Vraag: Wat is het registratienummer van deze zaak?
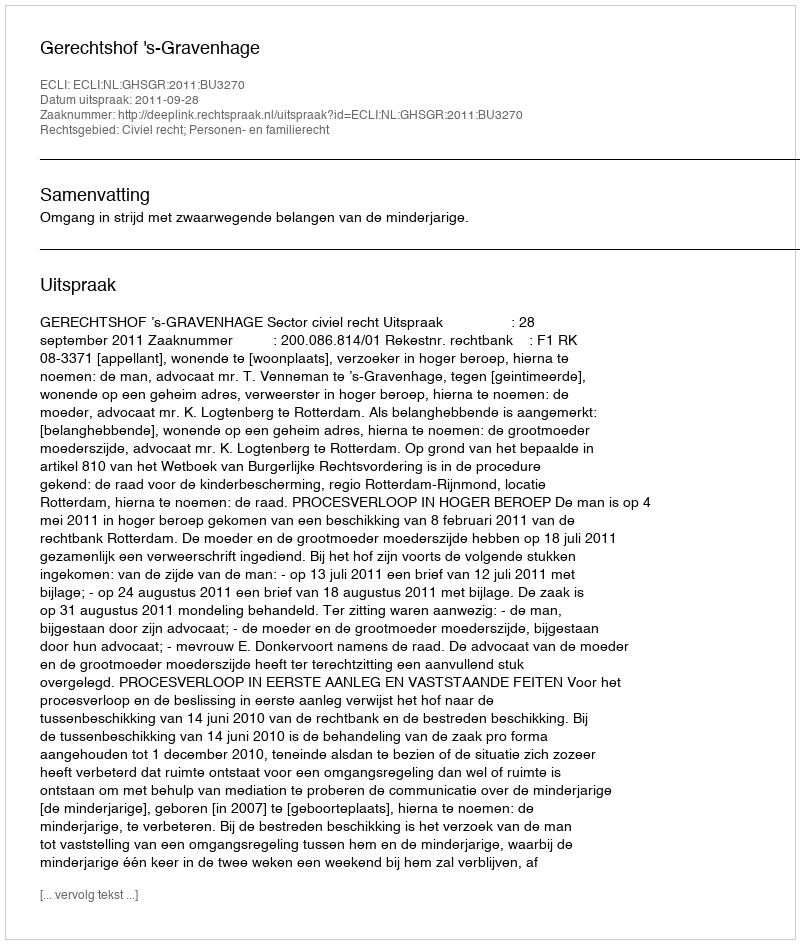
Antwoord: http://deeplink.rechtspraak.nl/uitspraak?id=ECLI:NL:GHSGR:2011:BU3270